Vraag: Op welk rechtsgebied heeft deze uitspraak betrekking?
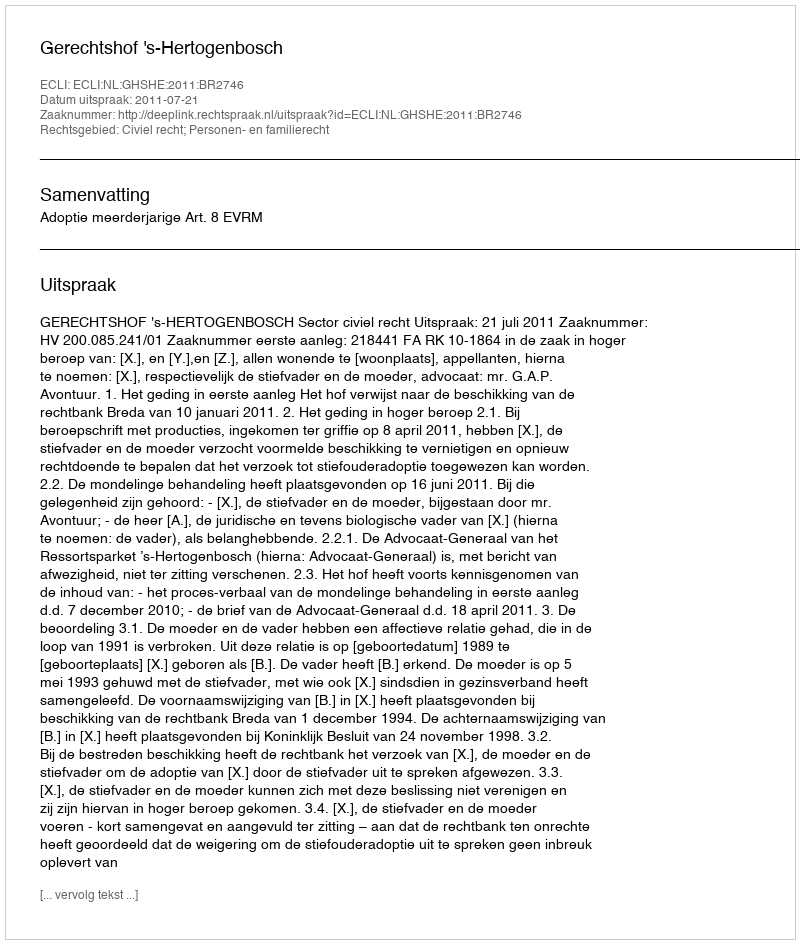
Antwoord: Civiel recht; Personen- en familierecht